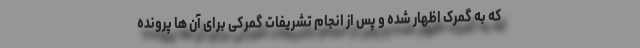
که به گمرک اظهار شده و پس از انجام تشریفات گمرکی برای آن ها پرونده